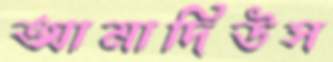
আমাদিউস